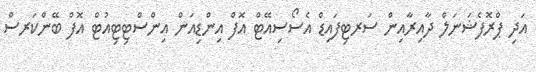
އަދި ޕްރޮފެޝަނަލް ދާއިރާއިން ސަރޓިފައިޑް އެސޯސިއޭޓް އޮފް އިންޑިއަން އިންސްޓިޓިއުޓް އޮފް ބޭންކަރސް